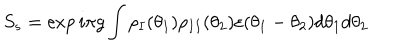
S _ { s } = \exp i \pi g \int \rho _ { I } ( \theta _ { 1 } ) \rho _ { I I } ( \theta _ { 2 } ) \varepsilon ( \theta _ { 1 } - \theta _ { 2 } ) d \theta _ { 1 } d \theta _ { 2 }